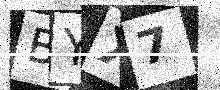
Text: BYX7